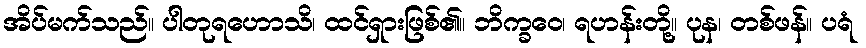
အိပ်မက်သည်။ ပါတုရဟောသိ၊ ထင်ရှားဖြစ်၏။ ဘိက္ခဝေ၊ ရဟန်းတို့။ ပုန၊ တစ်ဖန်။ ပရံ